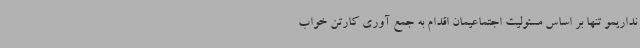
نداریمو تنها بر اساس مسئولیت اجتماعیمان اقدام به جمع آوری کارتن خواب